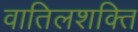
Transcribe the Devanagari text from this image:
वातिलशक्ति